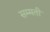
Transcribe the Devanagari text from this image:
सम्मती